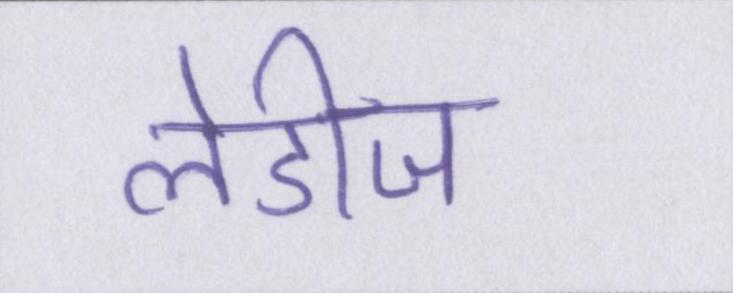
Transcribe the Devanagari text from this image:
लेडीज